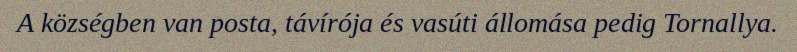
A községben van posta, távírója és vasúti állomása pedig Tornallya.